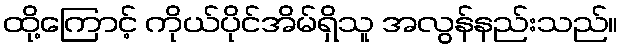
ထို့ကြောင့် ကိုယ်ပိုင်အိမ်ရှိသူ အလွန်နည်းသည်။